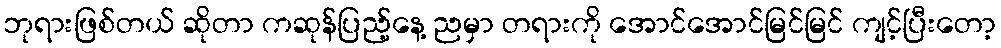
ဘုရားဖြစ်တယ် ဆိုတာ ကဆုန်ပြည့်နေ့ ညမှာ တရားကို အောင်အောင်မြင်မြင် ကျင့်ပြီးတော့